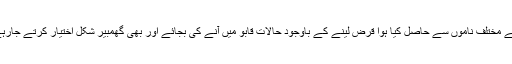
دنیا سے مختلف ناموں سے حاصل کیا ہوا قرض لینے کے باوجود حالات قابو میں آنے کی بجائے اور بھی گھمبیر شکل اختیار کرتے جارہے ہیں۔